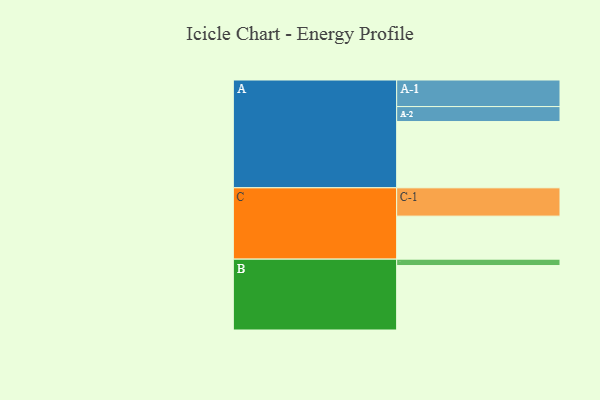
{"axis": {"x": "Segment", "y": "Value"}, "legend": ["", "A", "B", "C"], "data": [{"x": "A", "y": 581, "type": ""}, {"x": "B", "y": 565, "type": ""}, {"x": "C", "y": 377, "type": ""}, {"x": "A-1", "y": 233, "type": "A"}, {"x": "A-2", "y": 131, "type": "A"}, {"x": "B-1", "y": 56, "type": "B"}, {"x": "C-1", "y": 248, "type": "C"}]}